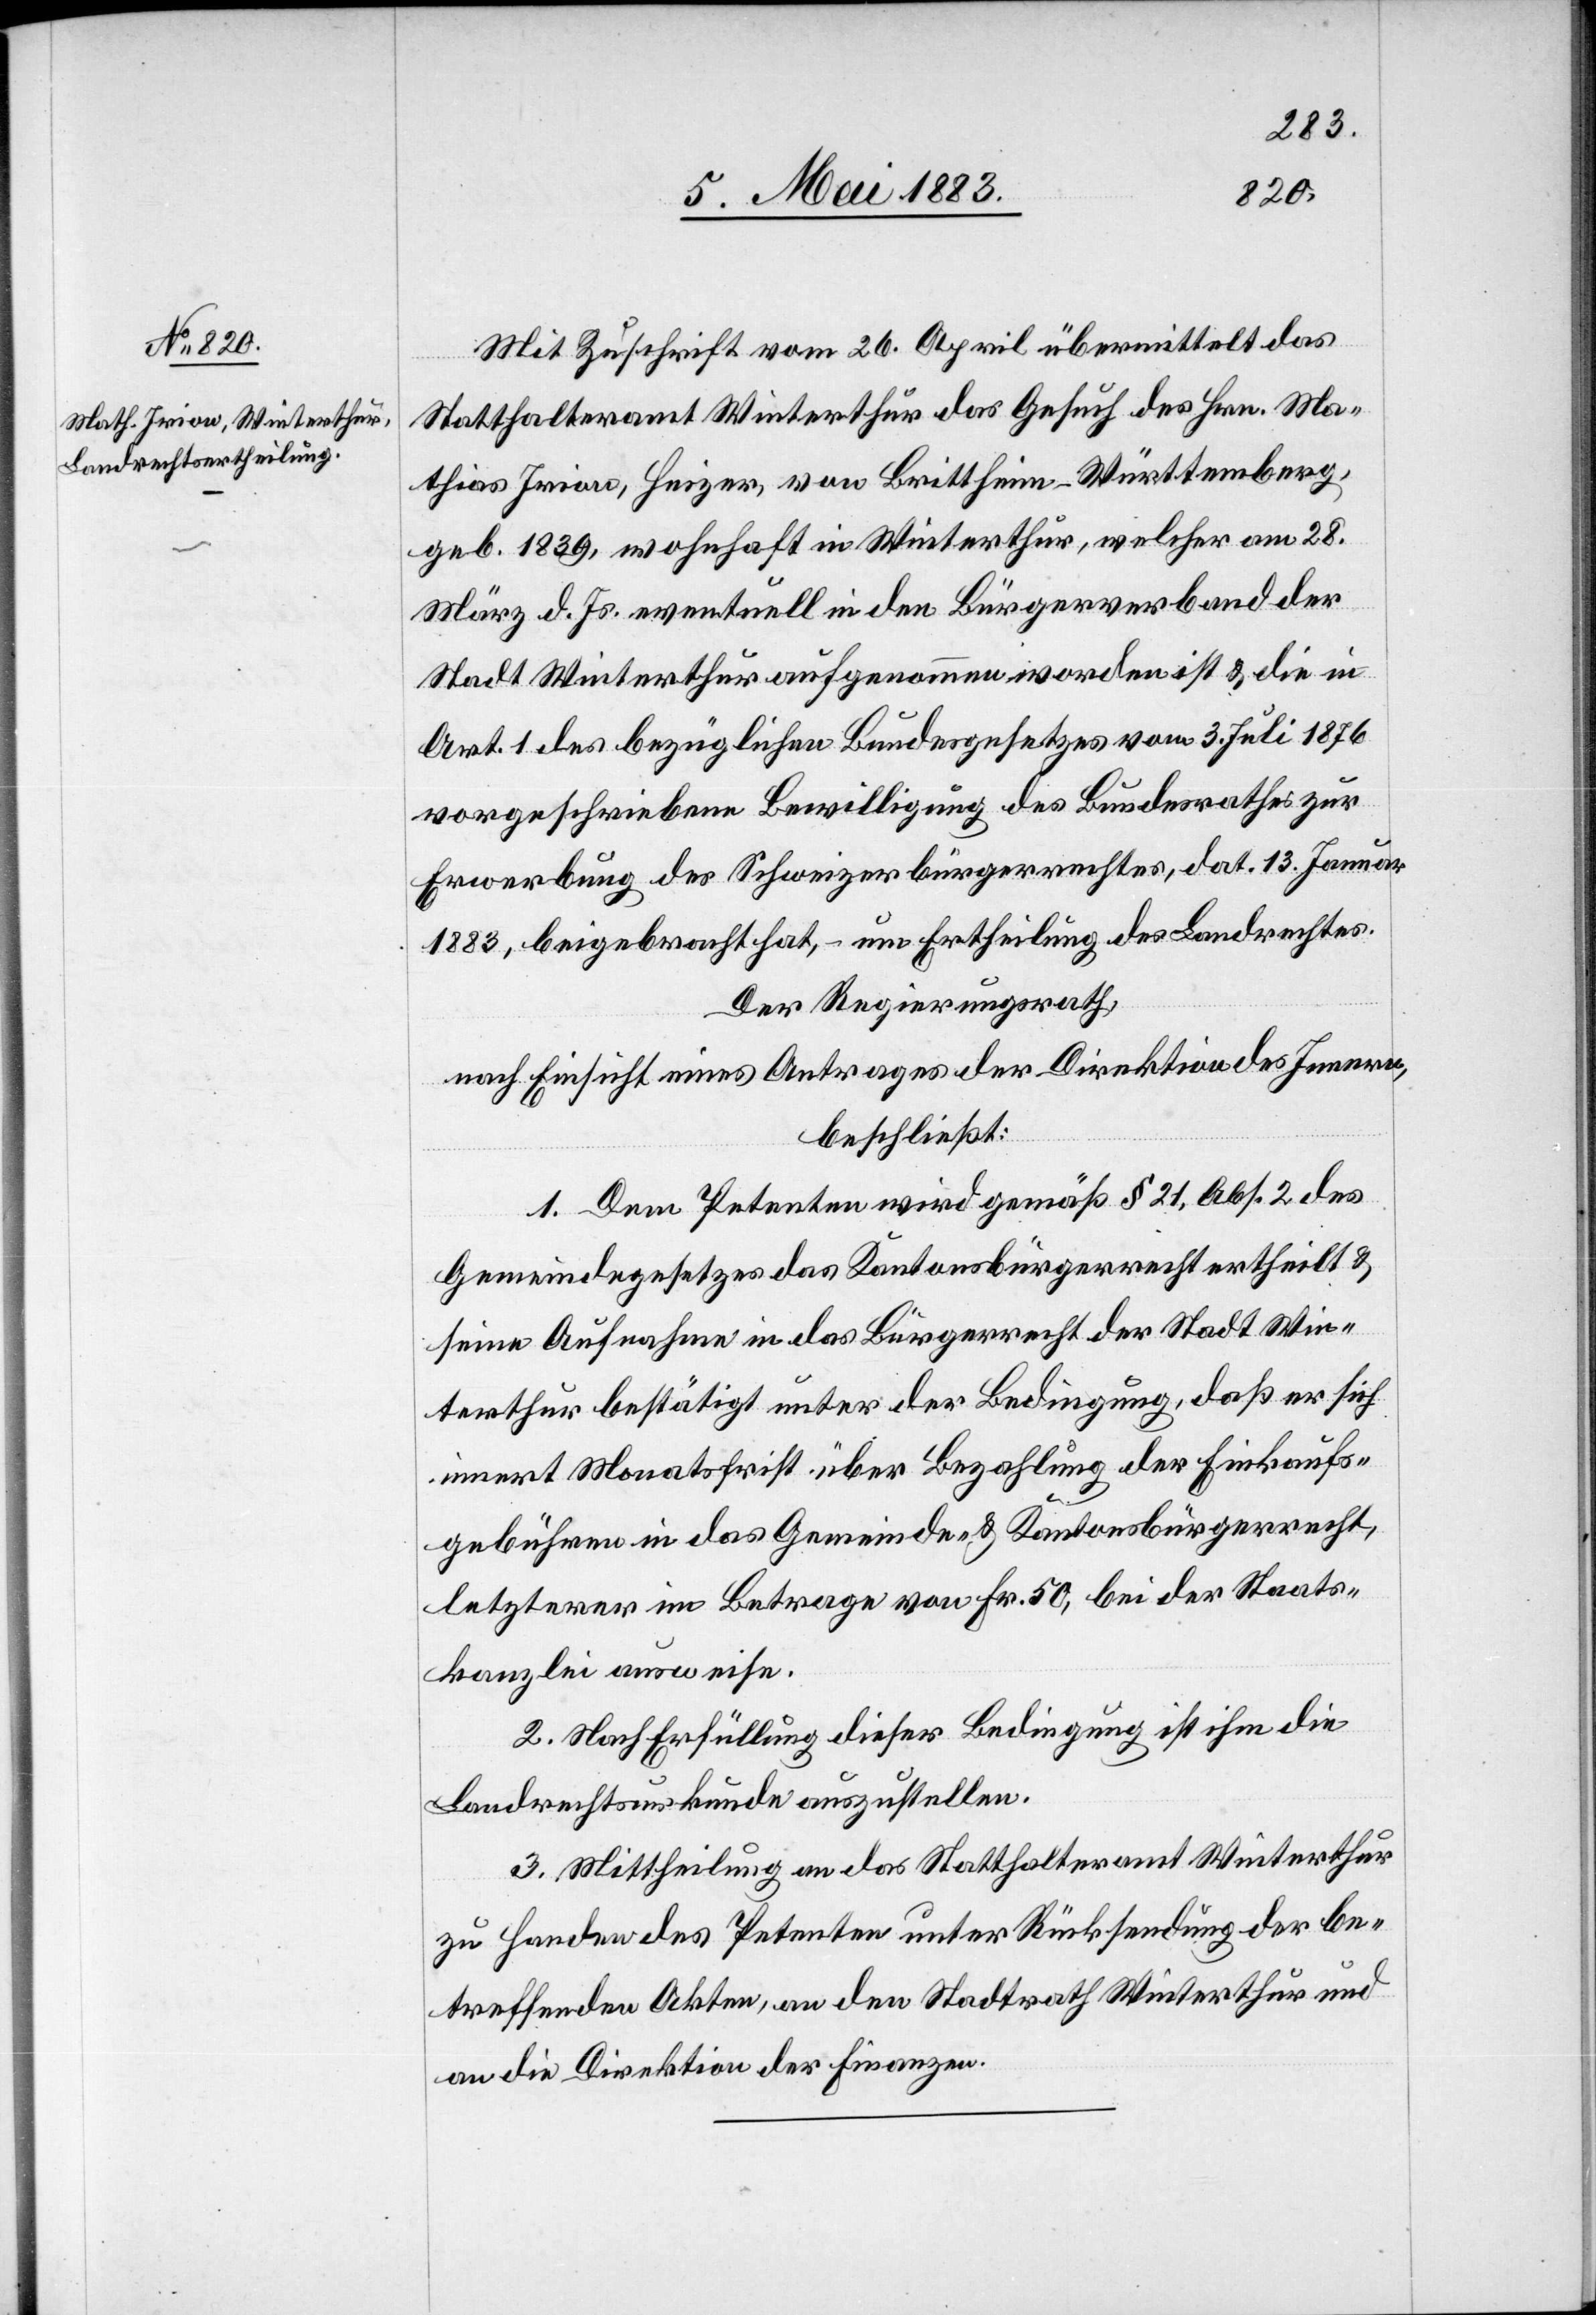
Mit Zuschrift vom 26. April übermittelt das
Statthalteramt Winterthur das Gesuch des Hrn. Ma¬
thias Irion, Heizer, von Brittheim - Württemberg,
geb. 1839, wohnhaft in Winterthur, welcher am 28.
März d. Js. eventuell in den Bürgerverband der
Stadt Winterthur aufgenommen worden ist & die in
Art. 1 des bezüglichen Bundesgesetzes vom 3. Juli 1876
vorgeschriebene Bewilligung des Bundesrathes zur
Erwerbung des Schweizerbürgerrechtes, dat. 13. Januar
1883, beigebracht hat, – um Ertheilung des Landrechtes.
Der Regierungsrath,
nach Einsicht eines Antrages der Direktion des Innern,
beschließt:
1. Dem Petenten wird gemäß § 21, Abs. 2 des
Gemeindegesetzes das Kantonsbürgerrecht ertheilt &
seine Aufnahme in das Bürgerrecht der Stadt Win¬
terthur bestätigt unter der Bedingung, daß er sich
innert Monatsfrist über Bezahlung der Einkaufs¬
gebühren in das Gemeinde- & Kantonsbürgerrecht,
letzterer im Betrage von Fr. 50, bei der Staats¬
kanzlei ausweise.
2. Nach Erfüllung dieser Bedingung ist ihm die
Landrechtsurkunde auszustellen.
3. Mittheilung an das Statthalteramt Winterthur
zu Handen des Petenten unter Rücksendung der be¬
treffenden Akten, an den Stadtrath Winterthur und
an die Direktion der Finanzen.